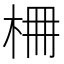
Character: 𣑭